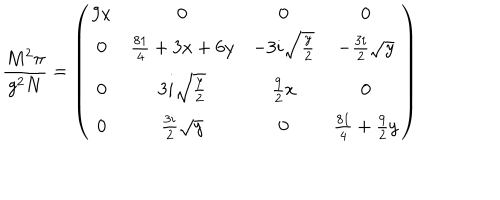
{ \frac { M ^ { 2 } \pi } { g ^ { 2 } N } } = \left( \begin{array} { c c c c } { { 9 x } } & { { 0 } } & { { 0 } } & { { 0 } } \\ { { 0 } } & { { { \frac { 8 1 } { 4 } } + 3 x + 6 y } } & { { - 3 i \sqrt { { \frac { y } { 2 } } } } } & { { - { \frac { 3 i } { 2 } } \sqrt { y } } } \\ { { 0 } } & { { 3 i \sqrt { { \frac { y } { 2 } } } } } & { { { \frac { 9 } { 2 } } x } } & { { 0 } } \\ { { 0 } } & { { { \frac { 3 i } { 2 } } \sqrt { y } } } & { { 0 } } & { { { \frac { 8 1 } { 4 } } + { \frac { 9 } { 2 } } y } } \\ \end{array} \right)